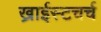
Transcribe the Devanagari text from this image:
ख्राईस्टचर्च